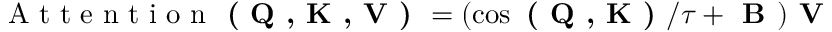
\mathrm { ~ A ~ t ~ t ~ e ~ n ~ t ~ i ~ o ~ n ~ } \textbf { ( Q , K , V ) } = ( \cos \textbf { ( Q , K ) } / \tau + \textbf { B } ) \textbf { V }